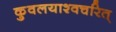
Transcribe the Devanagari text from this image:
कुवलयाश्वचरित्